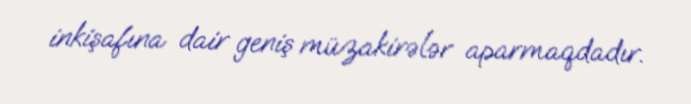
inkişafına dair geniş müzakirələr aparmaqdadır.